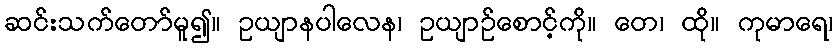
ဆင်းသက်တော်မူ၍။ ဥယျာနပါလေန၊ ဥယျာဉ်စောင့်ကို။ တေ၊ ထို။ ကုမာရေ၊